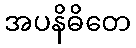
အပနိဓိတေ